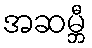
အဆမ္ဘီ